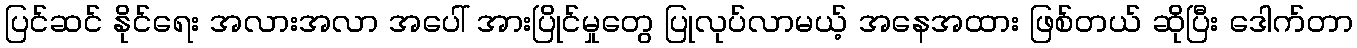
ပြင်ဆင် နိုင်ရေး အလားအလာ အပေါ် အားပြိုင်မှုတွေ ပြုလုပ်လာမယ့် အနေအထား ဖြစ်တယ် ဆိုပြီး ဒေါက်တာ